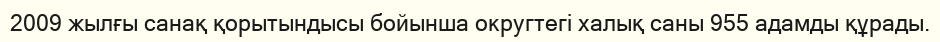
2009 жылғы санақ қорытындысы бойынша округтегі халық саны 955 адамды құрады.